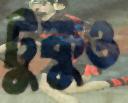
টুকুও